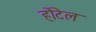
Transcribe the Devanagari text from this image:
होंटेल